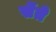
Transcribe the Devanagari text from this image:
सेंते